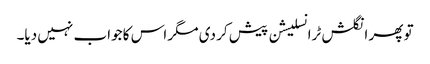
تو پھر انگلش ٹرانسلیشن پیش کر دی مگر اس کا جواب نہیں دیا۔